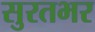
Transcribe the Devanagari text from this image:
सुरतभर